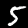
Digit: 5